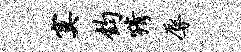
寞钧猜辱